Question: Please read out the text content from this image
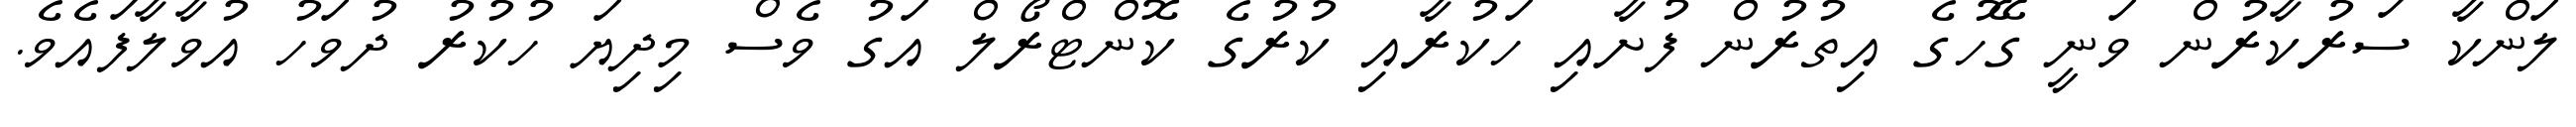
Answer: ލަންކާ ސަރުކާރުން ވަނީ ގޭހުގެ އިތުރުން ފުށާއި ހަކުރާއި ކުރުގެ ކޮންޓްރޯލް އަގު ވެސް މިދިޔަ ހުކުރު ދުވަހު އުވާލާފައެވެ.